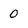
Character: 0